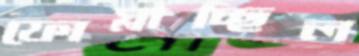
ফোস্‌লাচ্ছিল